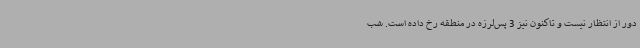
دور از انتظار نیست و تاکنون نیز 3 پس‌لرزه در منطقه رخ داده است. شب